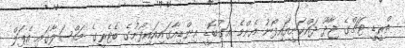
ތްރީޑީ ޓަޗްގެ ޖާދޫ ދައްކަނީއައިފޯނު އެންމެ އަގުބޮޑީ އިންޑިއާގައިއައިފޯނުގެ ބެޓެރީގެ މައްސަލާގައި އެޕަލް